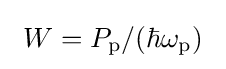
~W=P_{\rm {p}}/({\hbar \omega _{\rm {p}}})~